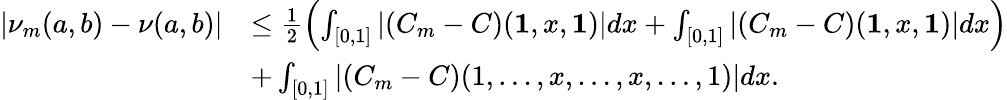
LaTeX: \begin{array}{rl}{\left|\nu_{m}(a,b)-\nu(a,b)\right|}&{\leq\frac{1}{2}\left(\int_{[0,1]}|(C_{m}-C)(\textbf{1},x,\textbf{1})|dx+\int_{[0,1]}|(C_{m}-C)(\textbf{1},x,\textbf{1})|dx\right)}\\ &{+\int_{[0,1]}|(C_{m}-C)(1,\dots,x,\dots,x,\dots,1)|dx.}\end{array}